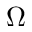
\Omega